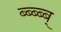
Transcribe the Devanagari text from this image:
ब्ब्ब्ब्ब्